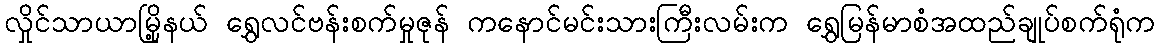
လှိုင်သာယာမြို့နယ် ရွှေလင်ဗန်းစက်မှုဇုန် ကနောင်မင်းသားကြီးလမ်းက ရွှေမြန်မာစံအထည်ချုပ်စက်ရုံက